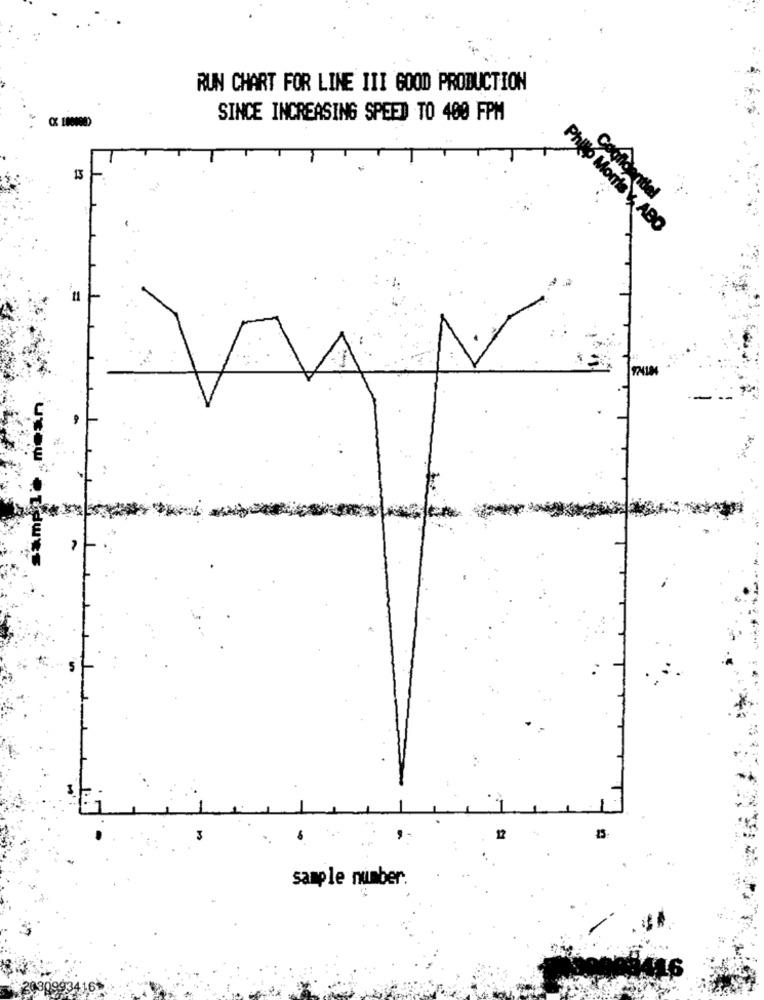
RUN CHART FOR LINE III GOOD PRODUCTION
SINCE INCREASING SPEED TO 400 FPM
13
Coofidential
Philip Morris Y, ABO
sample number.
16